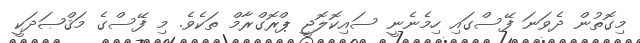
މިގޮތުން ދެވަނަ ފޭސްގައި ހިމެނެނީ ސައިކޮލޮޖީ ޕްރޮގްރާމް ތަކެވެ. މި ފޭސްގެ މަޤްޞަދަކީ